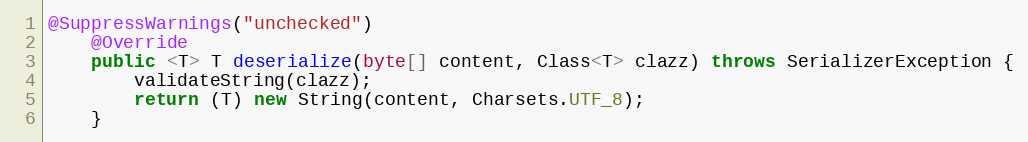
Language: Java
@SuppressWarnings("unchecked")
    @Override
    public <T> T deserialize(byte[] content, Class<T> clazz) throws SerializerException {
        validateString(clazz);
        return (T) new String(content, Charsets.UTF_8);
    }